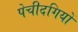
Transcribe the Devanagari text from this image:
पेचीदगियों